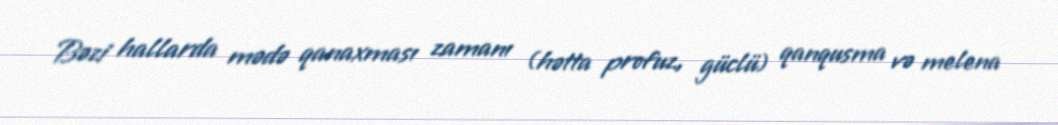
Bəzi hallarda mədə qanaxması zamanı (hətta profuz, güclü) qanqusma və melena